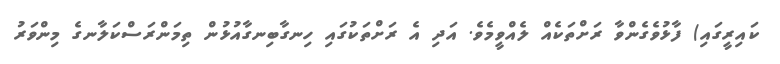
ކައިރީގައި) ފާޅުވެގެންވާ ރަށްތަކެއް ލެއްވީމެވެ. އަދި އެ ރަށްތަކުގައި ހިނގާބިނގާއުޅުން ތިމަންރަސްކަލާނގެ މިންވަރު